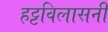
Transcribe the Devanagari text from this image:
हट्टविलासनी